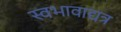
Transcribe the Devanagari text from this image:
स्वभावाद्यत्र